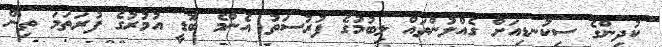
ކުދިންގެ ސިކުނޑިއަށް ގެއްލުންތައް ލިބުމުގެ ފުރުސަތު އެންމެ ބޮޑީ އުމުރުގެ ފުރަތަމަ ތިން